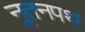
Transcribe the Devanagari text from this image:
नूतनपथ